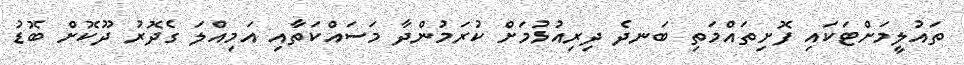
ތައުލީމަށްޓަކައި ފޮށިތައްމަތި ބަނދެ ދިރިއުޅުމަށް ކުރަމުންދާ މަސައްކަތާއި އަމިއްލަ ގެދޮރު ދޫކޮށް ބޮޑު